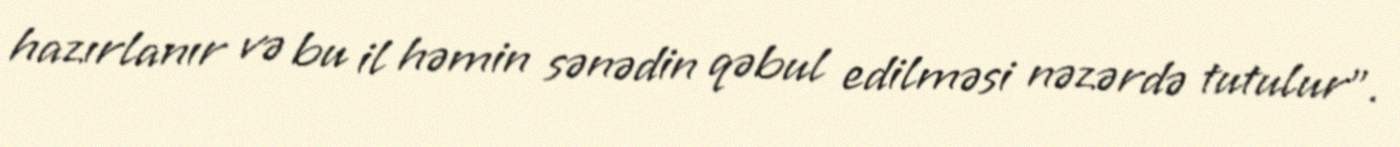
hazırlanır və bu il həmin sənədin qəbul edilməsi nəzərdə tutulur".